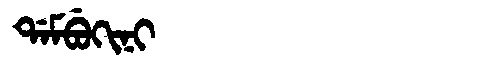
Manchu: ᡩᠠᠮᠪᡠᡴᡳᠨᡳ
Romanization: DAMBUKINI